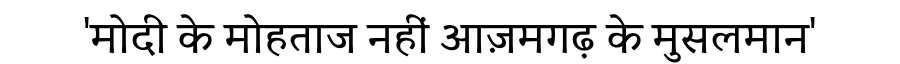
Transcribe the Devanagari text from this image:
'मोदी के मोहताज नहीं आज़मगढ़ के मुसलमान'